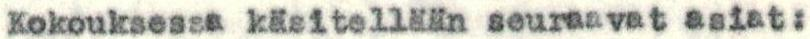
Kokouksessa käsitellään seuraavat asiat: